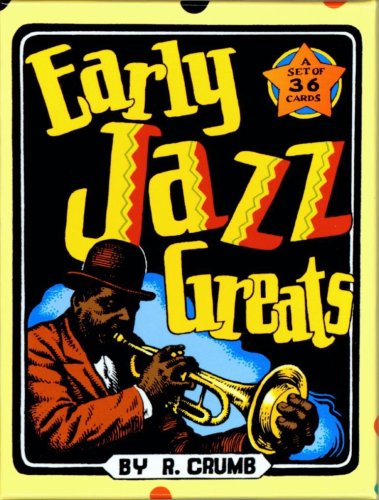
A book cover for Early Jazz Greats Boxed Trading Card Set by R. Crumb; Robert Crumb; Comics & Graphic Novels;